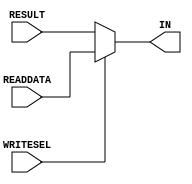
// Computer Architecture (CO224) - Lab 05
// Design: register write select multiplexer of Simple Processor

module MUXREG (RESULT, READDATA, WRITESEL, IN);
    
    input WRITESEL;              //inputs for the multiplexer
    input [7:0] RESULT, READDATA;
    output reg [7:0] IN;//output and register for the multiplexer

    always @ (*)
     begin
        if(WRITESEL == 1)
     	   IN = READDATA;//write to register what is read from the memory
        else
           IN = RESULT;//else write the out result of the alu
     end
 
endmodule